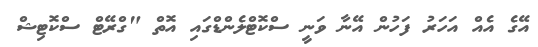
އޭގެ އެއް އަހަރު ފަހުން އޭނާ ވަނީ ސްކޮޓްލެންޑްގައި އޮތް "ގްރޭޓް ސްކޮޓިޝް